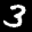
Label: 3